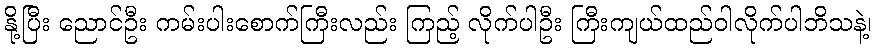
နို့ပြီး ညောင်ဦး ကမ်းပါးစောက်ကြီးလည်း ကြည့် လိုက်ပါဦး ကြီးကျယ်ထည်ဝါလိုက်ပါဘိသနဲ့၊